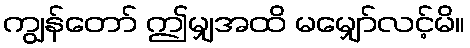
ကျွန်တော် ဤမျှအထိ မမျှော်လင့်မိ။